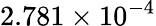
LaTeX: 2.781\times 10^{-4}